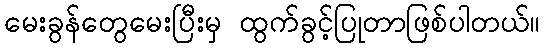
မေးခွန်တွေမေးပြီးမှ ထွက်ခွင့်ပြုတာဖြစ်ပါတယ်။